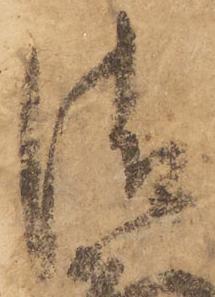
清